Vaccination North-Western Provinces and Oudh 1878-1895 - 1878-1895
Year: 1878
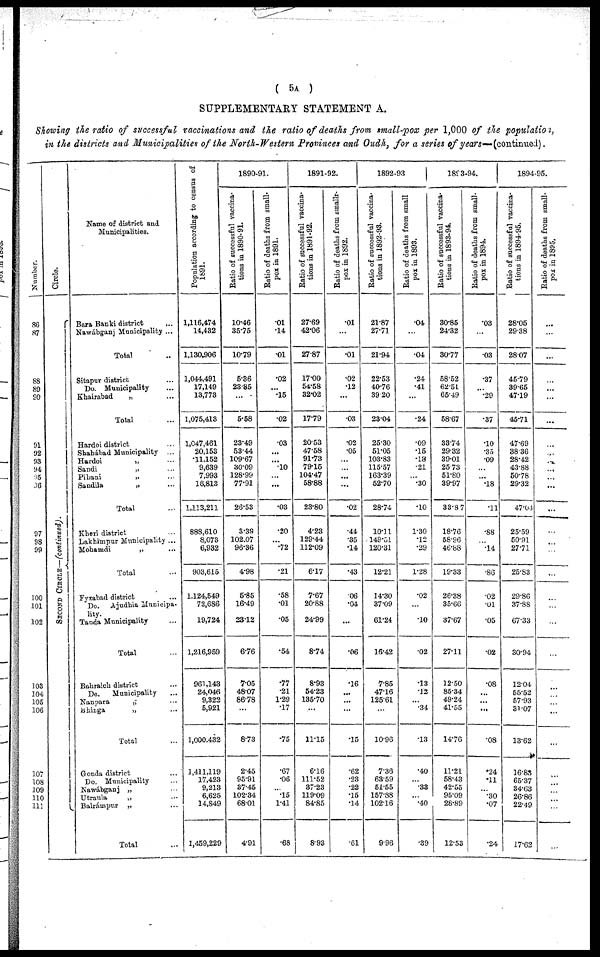
( 5A )
SUPPLEMENTARY STATEMENT A.
Showing the ratio of successful vaccinations and the ratio of deaths from small-pox per 1,000 of the population,
in the districts and Municipalities of the North-Western Provinces and Oudh, for a series of years— (continued).
Number.
86
87
88
89
90
91
92
93
94
95
96
97
98
99
100
101
102
103
104
105
106
107
108
109
110
111
Circle.
SECOND CIRCLE—(continued).
Name of district and
Municipalities.
Bara Banki district ...
Nawábganj Municipality ...
Total ...
Sitapur district ...
Do. Municipality ...
Khairabad
„ ...
Total ...
Hardoi district ...
Shahábad Municipality ...
Hardoi
„ ...
Sandi
„ ...
Pihani
„ ...
Sandila
„ ...
Total ...
Kheri district ...
Lakhimpur Municipality ...
Mohamdi
„ ...
Total ...
Fyzabad district ...
Do. Ajudhia Municipa-
lity.
Tanda Municipality ...
Total ...
Bahraich district ...
Do.
Municipality ...
Nanpara
„ ...
Bhinga
„ ...
Total ...
Gonda district ...
Do. Municipality ...
Nawábganj „ ...
Utraula
„ ...
Balrámpur „ ...
Total ...
Population according to census of
1891.
1,116,474
14,432
1,130,906
1,044,491
17,149
13,773
1,075,413
1,047,461
20,153
11.152
9,639
7,993
16,813
1,113,211
888,610
8,073
6,932
903,615
1,124,549
72,686
19,724
1,216,959
961,143
24,046
9,322
5,921
1,000,432
1,411,119
17,423
9,213
6,625
14,849
1,459,229
1890-91.
Ratio of successful vaccina-
tions in 1890-91.
10.46
35.75
10.79
5.36
23.85
...
5.58
23.49
53.44
109.67
30.09
128.99
77.91
26.53
3.39
102.07
96.36
4.98
5.85
16.49
23.12
6.76
7.05
48.07
86.78
...
8.73
2.45
95.91
37.45
102.34
68.01
4.91
Ratio of deaths from small-
pox in 1891.
.01
.14
.01
.02
...
.15
.02
.03
...
...
.10
...
...
.03
.20
...
.72
.21
.58
.01
.05
.54
.77
.21
1.29
.17
.75
.67
.06
...
.15
1.41
.68
1891-92.
Ratio of successful vaccina-
tions in 1891-92.
27.69
42.06
27.87
17.00
54.58
32.02
17.79
20.53
47.58
91.73
79.15
104.47
58.88
23.80
4.23
129.44
112.09
6.17
7.67
20.88
24.99
8.74
8.93
54.23
135.70
...
11.15
6.16
111.52
37.23
119.09
84.85
8.93
Ratio of deaths from smallr-
pox in 1892.
.01
...
.01
.02
.12
...
.03
.02
.05
...
...
...
...
.02
.44
.35
.14
.43
.06
.04
...
.06
.16
...
...
...
.15
.62
.23
.22
.15
.14
.61
1892-93
Ratio of successful vaccina-
tions in 1892-93.
21.87
27.71
21.94
22.53
40.76
39.20
23.04
25.30
51.05
103.83
115.57
163.39
52.70
28.74
10.11
149.51
120.31
12.21
14.30
37.09
61.24
16.42
7.85
47.16
125.61
...
10.96
7.36
63.59
51.55
157.88
102.16
9.96
Ratio of deaths from small
pox in 1893.
.04
...
.04
.24
.41
...
.24
.09
.15
.18
.21
...
.30
.10
1.30
.12
.29
1.28
.02
...
.10
.02
.13
.12
...
.34
.13
.40
...
.33
...
.40
.39
1893-94.
Ratio of successful vaccina-
tions in 1893-94.
30.85
24.32
30.77
58.52
62.51
65.49
58.67
33.74
29.32
39.01
25.73
51.80
39.97
33.87
18.76
58.96
46.88
19.33
26.38
35.66
37.67
27.11
12.50
85.34
49.24
41.55
14.76
11.21
58.43
42.55
95.09
28.89
12.53
Ratio of deaths from small-
pox in 1894.
.03
...
.03
.37
...
.29
.37
.10
.35
.09
...
...
.18
.11
.88
...
.14
.86
.02
01
.05
.02
.08
...
...
...
.08
.24
.11
...
.30
.07
.24
1894-95.
Ratio of successful vaccina-
tions in 1894-95.
28.05
29.38
28.07
45.79
39.65
47.19
45.71
47.69
38.36
28.42
43.88
50.78
29.32
47.04
25.59
50.91
27.71
25.83
29.86
37.88
67.33
30.94
12.04
55.52
57.93
31.07
13.62
16.83
65.37
34.63
26.86
22.49
17.62
Ratio of deaths from small-
pox in 1895.
...
...
...
...
...
...
...
...
...
...
...
...
...
...
...
...
...
...
...
...
...
...
...
...
...
...
...
...
...
...
...
...
...
...